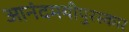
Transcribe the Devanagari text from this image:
आनंदमयीपुरस्कार